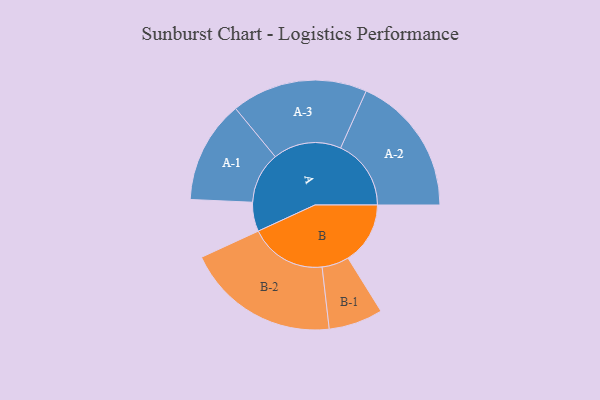
{"axis": {"x": "Segment", "y": "Value"}, "legend": ["", "A", "B"], "data": [{"x": "A", "y": 113, "type": ""}, {"x": "B", "y": 241, "type": ""}, {"x": "A-1", "y": 199, "type": "A"}, {"x": "A-2", "y": 273, "type": "A"}, {"x": "A-3", "y": 264, "type": "A"}, {"x": "B-1", "y": 105, "type": "B"}, {"x": "B-2", "y": 298, "type": "B"}]}